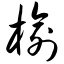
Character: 榆